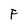
Character: F